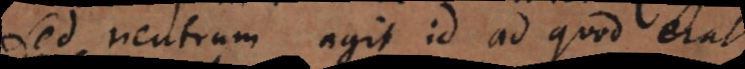
Sed neutrum agit id ad quod erat